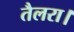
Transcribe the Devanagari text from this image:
तैलरा।